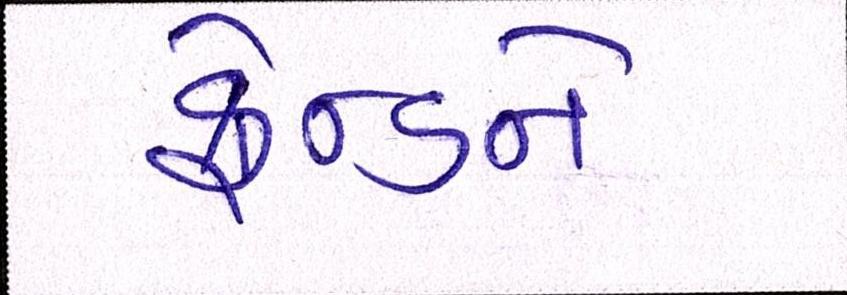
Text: ફ્રેન્ડને